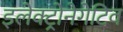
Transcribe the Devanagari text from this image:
इलेक्ट्रोनेगेटिव